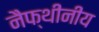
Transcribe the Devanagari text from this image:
नैफ्थीनीय